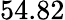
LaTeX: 54.82